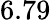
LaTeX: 6.79